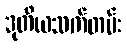
ဒုတိယသက်တမ်း